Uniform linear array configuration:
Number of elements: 32
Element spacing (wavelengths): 0.5
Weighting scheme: cosine
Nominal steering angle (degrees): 30
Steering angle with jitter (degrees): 31.5
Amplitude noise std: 0.05
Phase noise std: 0.05

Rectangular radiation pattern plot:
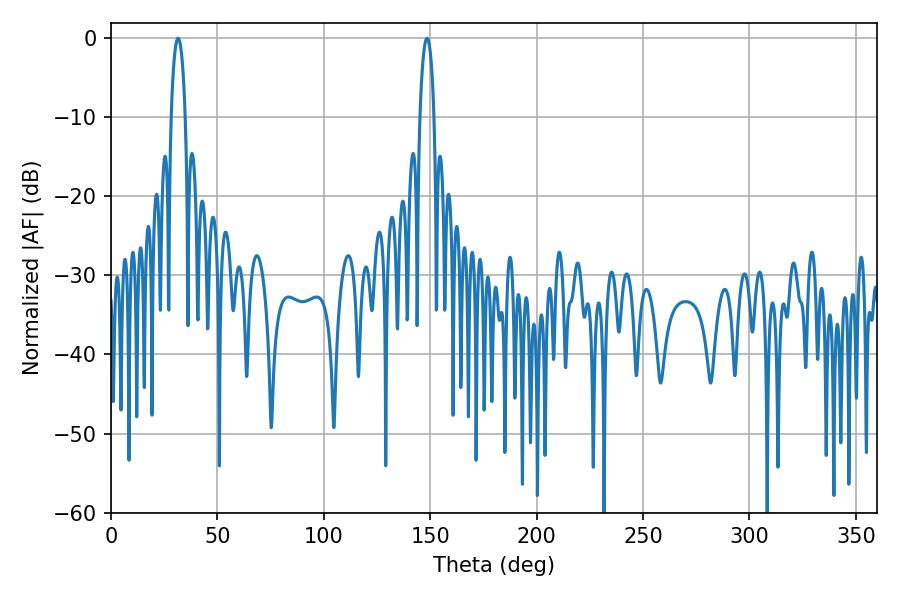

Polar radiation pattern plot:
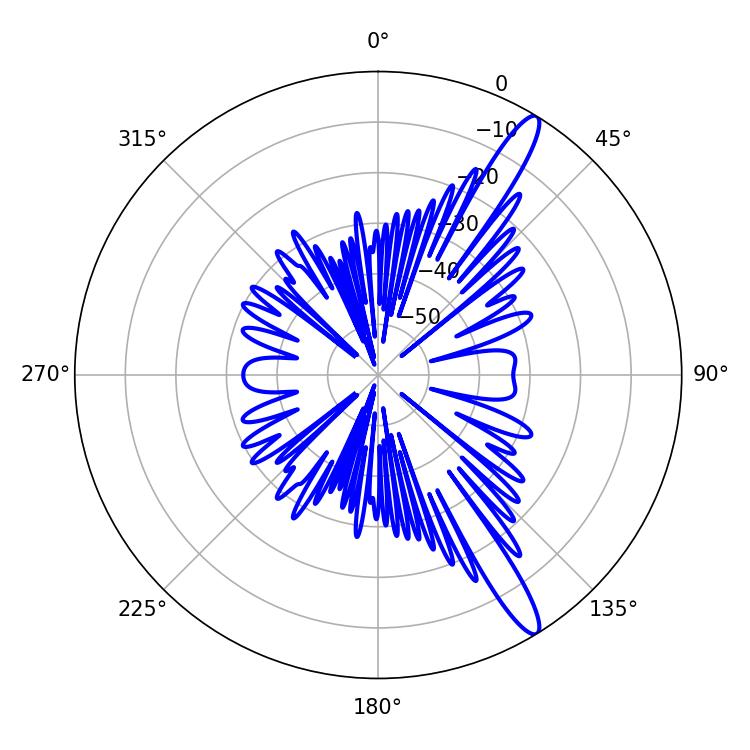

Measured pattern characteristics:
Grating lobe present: FALSE
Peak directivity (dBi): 14.131
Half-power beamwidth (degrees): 3.78
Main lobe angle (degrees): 31.5